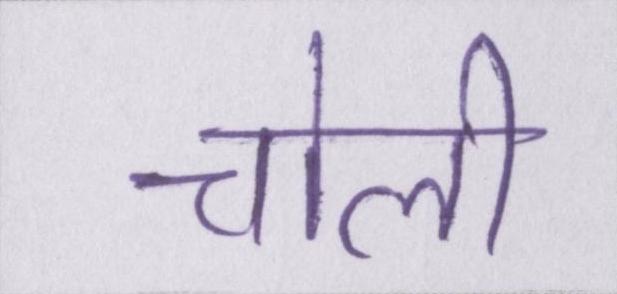
चोली